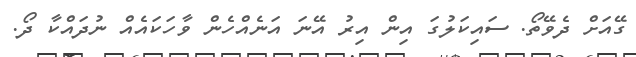
ގޭއަށް ދެވޭތޯ. ސައިކަލުގަ އިން އިރު އޭނަ އަނެއްހެން ވާހަކައެއް ނުދައްކާ ދޯ.